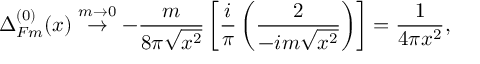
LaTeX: \Delta _ { F m } ^ { ( 0 ) } ( x ) \stackrel { m \rightarrow 0 } { \rightarrow } - \frac { m } { 8 \pi \sqrt { x ^ { 2 } } } \left[ \frac { i } { \pi } \left( \frac { 2 } { - i m \sqrt { x ^ { 2 } } } \right) \right] = \frac { 1 } { 4 \pi x ^ { 2 } } ,